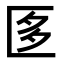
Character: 𭅚